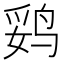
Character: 𱉻